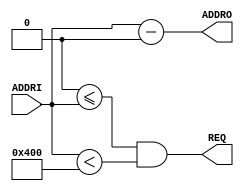

module Slave #(
    parameter
        BASEADDRES = 32'h0000_0000,
        ADDR_WIDTH = 5,
        WORDS      = 1024
) (
    input  wire [ADDR_WIDTH - 1: 0] ADDRI,
    output wire [ADDR_WIDTH - 1: 0] ADDRO,
    output wire                     REQ
);

    wire [ADDR_WIDTH - 1: 0] address = (ADDRI - BASEADDRES);
    assign REQ = (BASEADDRES <= ADDRI && ADDRI < (BASEADDRES + WORDS));
    assign ADDRO = address; 
    
endmodule